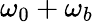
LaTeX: \omega_{0}+\omega_{b}